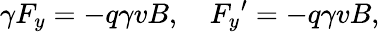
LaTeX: \gamma F_{y}=-q\gamma vB,\quad{F_{y}}^{\prime}=-q\gamma vB,